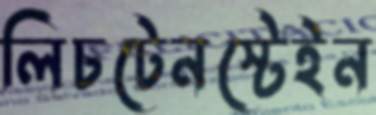
লিচটেনস্টেইন